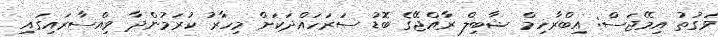
ވަގުތު އިމޭޖަސް: އިބްރާހިމް ޝާބިލް ރާއްޖޭގެ ބޮޑު ސަރަހައްދަކަށް މިހާރު ކުރަމުންދާ ވިއްސާރައިގައި